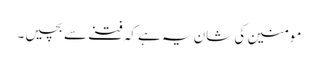
مومنین کی شان یہ ہے کہ فتنے سے بچیں۔